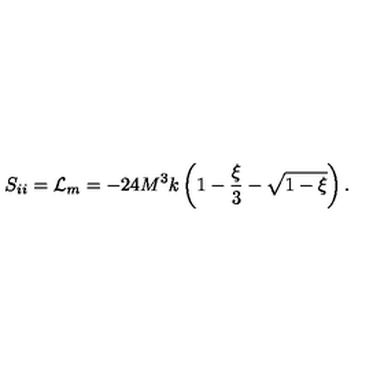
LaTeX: S _ { i i } = { \cal L } _ { m } = - 2 4 M ^ { 3 } k \left( 1 - \frac { \xi } { 3 } - \sqrt { 1 - \xi } \right) .